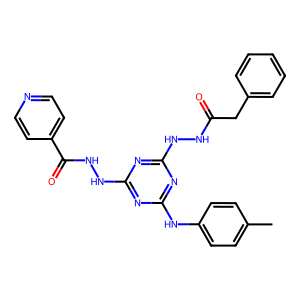
SMILES: Cc1ccc(Nc2nc(NNC(=O)Cc3ccccc3)nc(NNC(=O)c3ccncc3)n2)cc1
Inhibits HIV replication: No